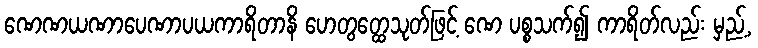
ဏေဏယဏာပေဏာပယကာရိတာနိ ဟေတွတ္ထေသုတ်ဖြင့် ဏေ ပစ္စသက်၍ ကာရိတ်လည်း မှည့်,